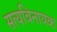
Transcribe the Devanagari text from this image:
सत्यविनायक